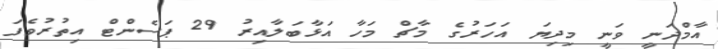
އާމްދަނީ ވަނީ މިދިޔަ އަހަރުގެ މާޗް މަހާ އަޅާބަލާއިރު 29 ޕަސެންޓް އިތުރުވެފަ